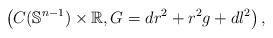
LaTeX: \begin{align*} \left( C(\mathbb{S}^{n-1})\times\mathbb{R}, G= dr^2 + r^2g+dl^2\right),\end{align*}